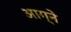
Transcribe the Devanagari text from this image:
आग्ने